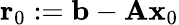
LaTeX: \mathbf{r}_{0}:=\mathbf{b}-\mathbf{Ax}_{0}